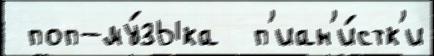
 поп-му́зыка  п'иан'и́стк'и